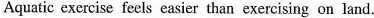
Aquatic exercise feels easier than exercising on land.